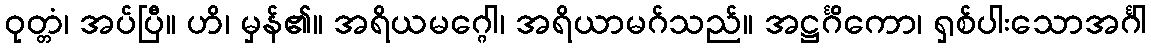
ဝုတ္တံ၊ အပ်ပြီ။ ဟိ၊ မှန်၏။ အရိယမဂ္ဂေါ၊ အရိယာမဂ်သည်။ အဋ္ဌင်္ဂိကော၊ ရှစ်ပါးသောအင်္ဂါ